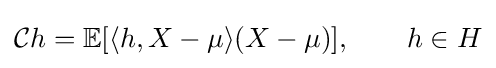
{\mathcal {C}}h=\mathbb {E} [\langle h,X-\mu \rangle (X-\mu )],\qquad h\in H